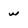
Character: w